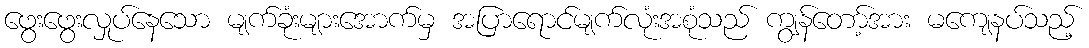
ဖွေးဖွေးလှုပ်နေသော မျက်ခုံးများအောက်မှ အပြာရောင်မျက်လုံးအစုံသည် ကျွန်တော့်အား မကျေနပ်သည့်